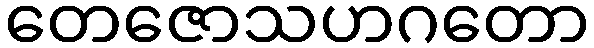
တေဇောသဟဂတော